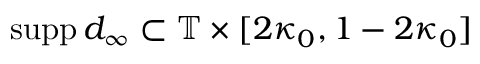
\mathrm { s u p p } \, d _ { \infty } \subset \mathbb { T } \times [ 2 \kappa _ { 0 } , 1 - 2 \kappa _ { 0 } ]